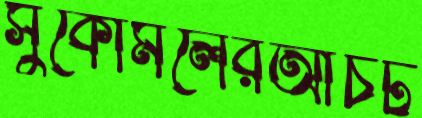
সুকোমলেরআঁচট